Indian journal of veterinary science and animal husbandry - Volumes 18-21, 1948-1951
Year: 1948
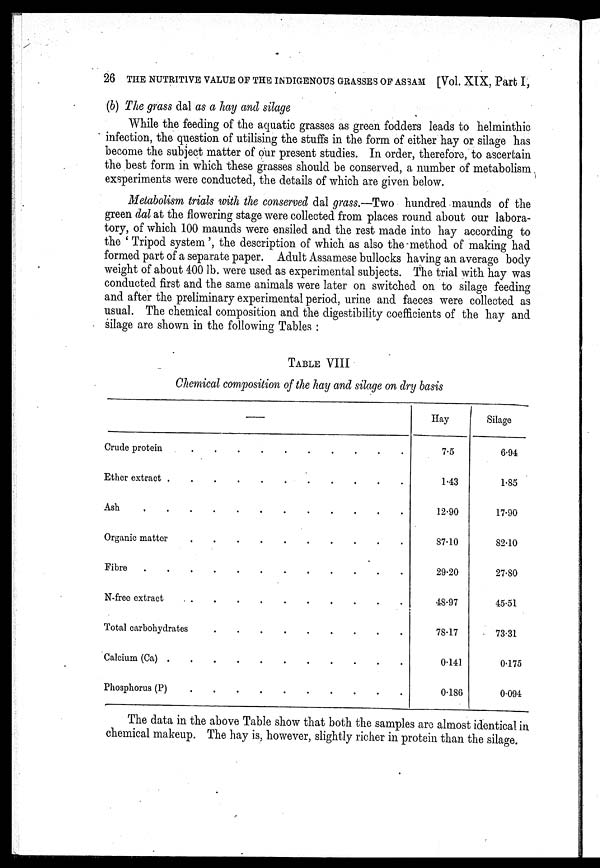
26 THE NUTRITIVE VALUE OF THE INDIGENOUS GRASSES OF ASSAM [Vol. XIX,Part I,
(b) The grass dal as a hay and silage
While the feeding of the aquatic grasses as green fodders leads to helminthic
infection, the question of utilising the stuffs in the form of either hay or silage has
become the subject matter of our present studies. In order, therefore, to ascertain
the best form in which these grasses should be conserved, a number of metabolism
exsperiments were conducted, the details of which are given below.
Metabolism trials with the conserved dal grass.—Two hundred maunds of the
green dal at the flowering stage were collected from places round about our labora-
tory, of which 100 maunds were ensiled and the rest made into hay according to
the 'Tripod system', the description of which as also the method of making had
formed part of a separate paper. Adult Assamese bullocks having an average body
weight of about 400 lb. were used as experimental subjects. The trial with hay was
conducted first and the same animals were later on switched on to silage feeding
and after the preliminary experimental period, urine and faeces were collected as
usual. The chemical composition and the digestibility coefficients of the hay and
silage are shown in the following Tables:
TABLE VIII
Chemical composition of the hay and silage on dry basis
—
Crude protein . . . . . . . . . .
Ether extract . . . . . . . . . .
Ash . . . . . . . . . .
Organic matter . . . . . . . . . .
Fibre . . . . . . . . . .
N-free extract . . . . . . . . . .
Total carbohyrates . . . . . . . . . .
Calcium (Ca) . . . . . . . . . .
Phosphorus (P) . . . . . . . . . .
Hay
7.5
1.43
12.90
87.10
29.20
48.97
78.17
0.141
0.186
Silage
6.94
1.85
17.90
82.10
27.80
45.51
73.31
0.175
0.094
The data in the above Table show that both the samples are almost identical in
chemical makeup. The hay is, however, slightly richer in protein than the silage.